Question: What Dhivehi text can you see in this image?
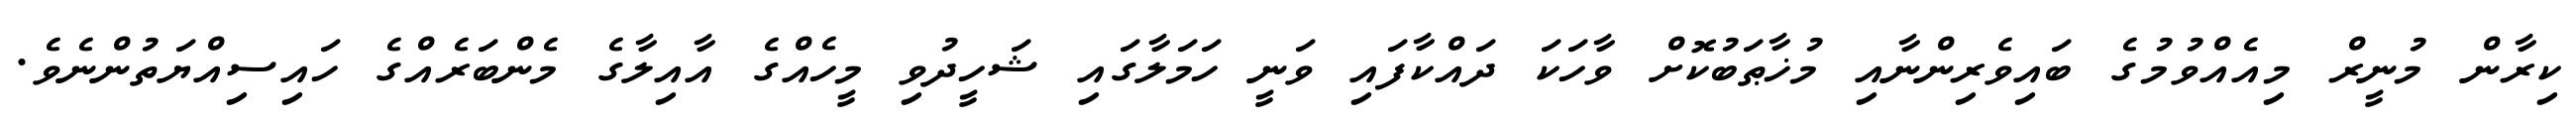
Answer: ކިރާން މުނީރް މިއެއްވުމުގެ ބައިވެރިންނާއި މުޚާޠަބުކޮށް ވާހަކަ ދައްކާފައި ވަނީ ހަމަލާގައި ޝަހީދުވި މީހެއްގެ އާއިލާގެ މެންބަރެއްގެ ހައިސިއްޔަތުންނެވެ.